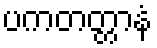
ပကတတ္တာနံ